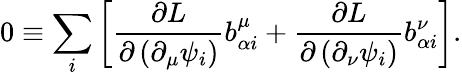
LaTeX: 0\equiv\sum_{i}\left[\frac{\partial L}{\partial\left(\partial_{\mu}\psi_{i}\right)}b_{\alpha i}^{\mu}+\frac{\partial L}{\partial\left(\partial_{\nu}\psi_{i}\right)}b_{\alpha i}^{\nu}\right].